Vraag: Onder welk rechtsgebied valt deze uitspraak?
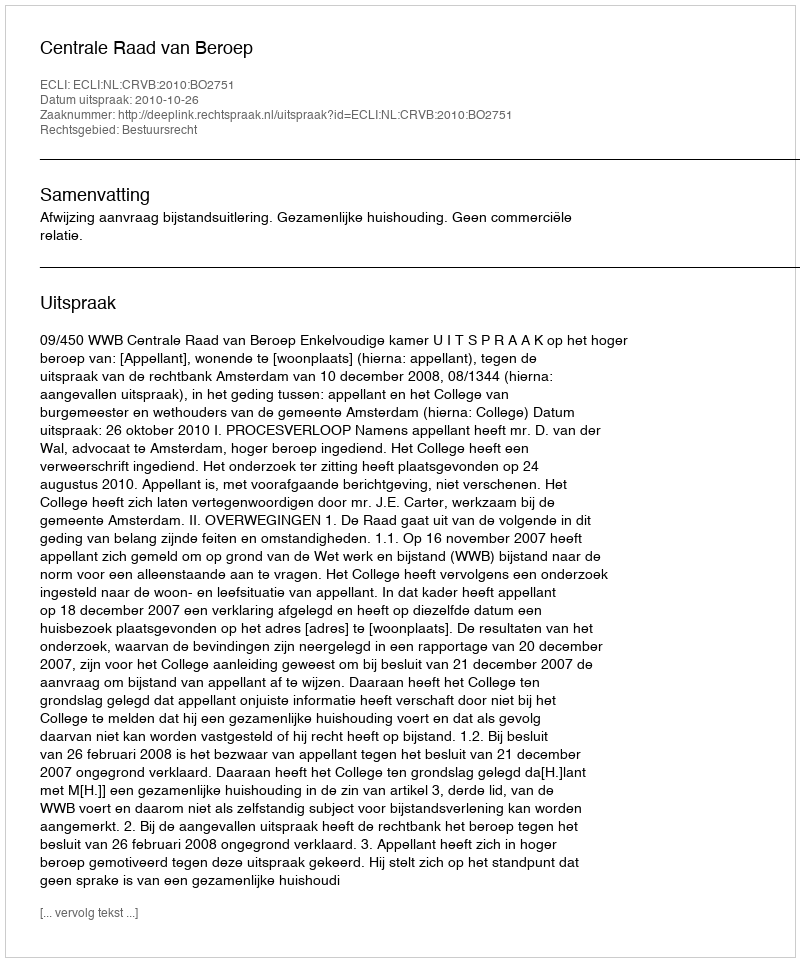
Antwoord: Bestuursrecht